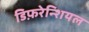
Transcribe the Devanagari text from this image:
डिफ़रेन्शियल